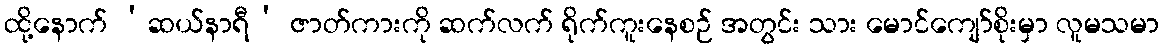
ထို့နောက် ‘ဆယ်နာရီ’ ဇာတ်ကားကို ဆက်လက် ရိုက်ကူးနေစဉ် အတွင်း သား မောင်ကျော်စိုးမှာ လူမသမာ